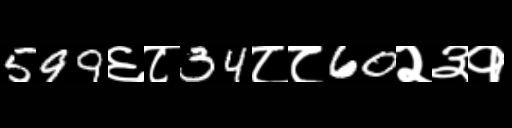
Text: 599६८34८८60२३१